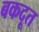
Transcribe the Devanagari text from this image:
बकदूत